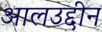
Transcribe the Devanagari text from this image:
आलउद्दीन